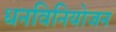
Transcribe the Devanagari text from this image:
धनविनियोजन